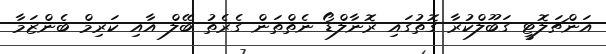
އަންޗަލޮޓީ ގަބޫލްކުރާ ގޮތުގައި ރޮނާލްޑޯ ނެތްތަން ގެރެތު ބޭލް އާއި ކަރިމް ބެންޒަމާ